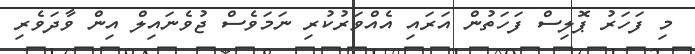
މި ފަހަރު ޕޮލިސް ފަހަތުން އަރައި އެއްވަރުކުރި ނަމަވެސް ޖުވެނައިލް އިން ވާދަވެރި